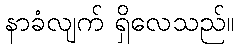
နာခံလျက် ရှိလေသည်။